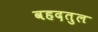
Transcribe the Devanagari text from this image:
वहदतुल